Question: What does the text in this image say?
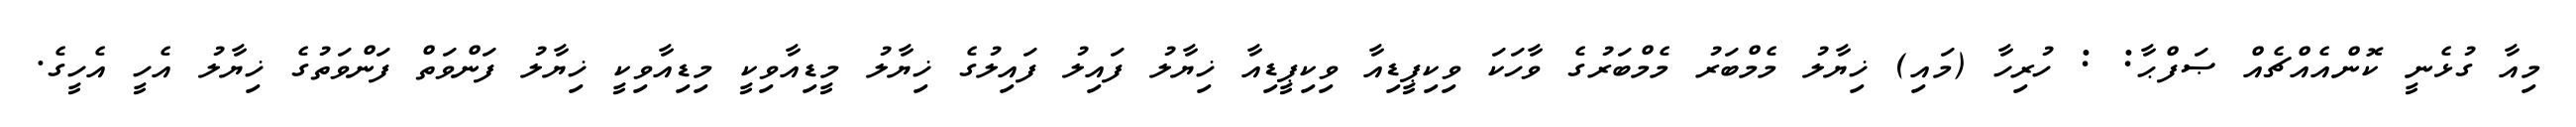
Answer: މިއާ ގުޅެނީ ކޮންއެއްޗެއް ޞަފްޙާ: : ހުރިހާ (މައި) ޚިޔާލު މެމްބަރު މެމްބަރުގެ ވާހަކަ ވިކިޕީޑިއާ ވިކިޕީޑިއާ ޚިޔާލު ފައިލު ފައިލުގެ ޚިޔާލު މީޑިއާވިކީ މިޑިއާވިކީ ޚިޔާލު ފަންވަތް ފަންވަތުގެ ޚިޔާލު އެހީ އެހީގެ.